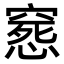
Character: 𥧛